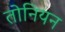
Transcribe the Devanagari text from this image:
तोनियन